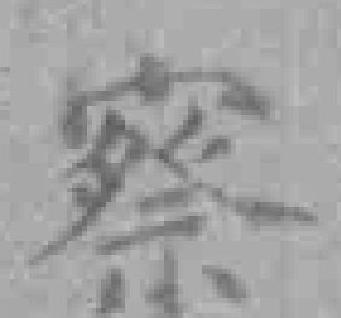
察